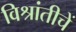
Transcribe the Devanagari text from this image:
विश्रांतीचें